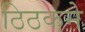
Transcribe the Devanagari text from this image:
ठिठकने